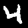
Label: 4